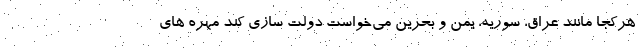
هرکجا مانند عراق، سوریه، یمن و بحرین می‌خواست دولت سازی کند مهره ‌های